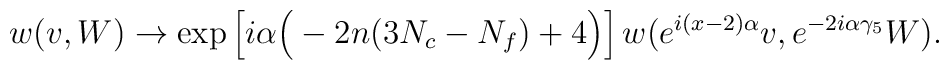
w(v,W) \to \mbox{exp}\left[i\alpha\Big(-2n(3N_c-N_f)+4 \Big)\right]w(e^{i(x-2)\alpha} v, e^{-2i\alpha\gamma_5} W).